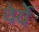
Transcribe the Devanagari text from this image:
वेर्ये